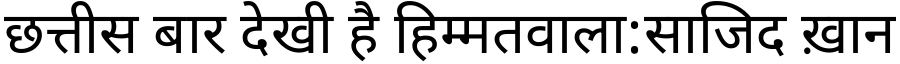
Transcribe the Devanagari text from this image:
छत्तीस बार देखी है हिम्मतवाला:साजिद ख़ान